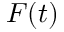
F ( t )